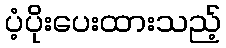
ပံ့ပိုးပေးထားသည့်